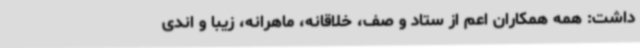
داشت: همه همکاران اعم از ستاد و صف، خلاقانه، ماهرانه، زیبا و اندی